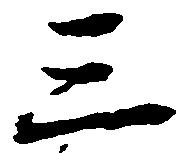
三